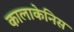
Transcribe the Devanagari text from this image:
कालाकेनिस